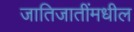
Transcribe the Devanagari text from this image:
जातिजातींमधील